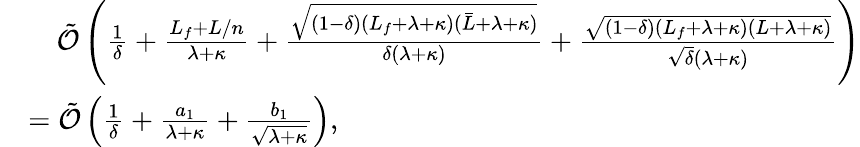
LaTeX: \begin{array}{rl}&{\quad{\tilde{\cal O}}\left(\frac{1}{\delta}+\frac{L_{f}+L/n}{\lambda+\kappa}+\frac{\sqrt{(1-\delta)(L_{f}+\lambda+\kappa)({\bar{L}}+\lambda+\kappa)}}{\delta(\lambda+\kappa)}+\frac{\sqrt{(1-\delta)(L_{f}+\lambda+\kappa)(L+\lambda+\kappa)}}{\sqrt{\delta}(\lambda+\kappa)}\right)}\\ &{={\tilde{\cal O}}\left(\frac{1}{\delta}+\frac{a_{1}}{\lambda+\kappa}+\frac{b_{1}}{\sqrt{\lambda+\kappa}}\right),}\end{array}